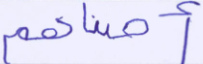
أصبناهم